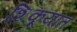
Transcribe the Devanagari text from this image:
शिकूयात